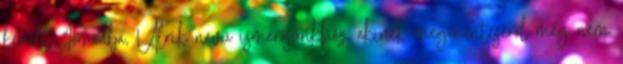
került Jómódba, Ulrik nevű ismerősünkhöz, akinek megmentéséről még nem